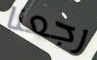
رجعنا